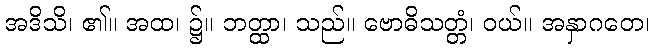
အဒိသိ၊ ၏။ အထ၊ ၌။ ဘတ္ထာ၊ သည်။ ဗောဓိသတ္တံ၊ ဝယ်။ အနှာဂတေ၊